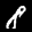
Label: 8